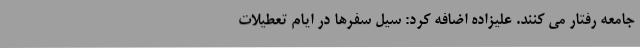
جامعه رفتار می کنند. علیزاده اضافه کرد: سیل سفرها در ایام تعطیلات